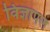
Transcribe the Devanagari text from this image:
विज्ञापल